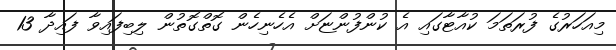
މިއަހަރުގެ ފުރަތަމަ ކުއާޓާގައި އެ ކުންފުންޏަށް އެހެނިހެން ގޮތްގޮތުން ލިބިފައިވާ ފައިދާ 13